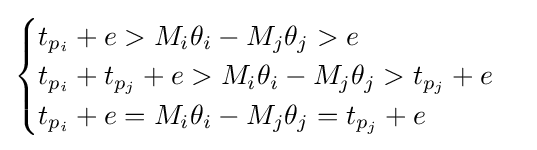
{\begin{cases}t_{p_{i}}+e>M_{i}\theta _{i}-M_{j}\theta _{j}>e\\t_{p_{i}}+t_{p_{j}}+e>M_{i}\theta _{i}-M_{j}\theta _{j}>t_{p_{j}}+e\\t_{p_{i}}+e=M_{i}\theta _{i}-M_{j}\theta _{j}=t_{p_{j}}+e\end{cases}}